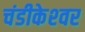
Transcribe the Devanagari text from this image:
चंडीकेश्‍वर